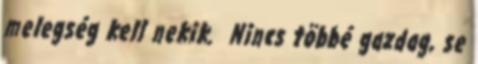
melegség kell nekik. Nincs többé gazdag, se